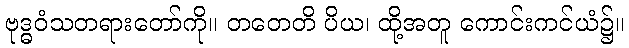
ဗုဒ္ဓဝံသတရားတော်ကို။ တတေတိ ပိယ၊ ထို့အတူ ကောင်းကင်ယံ၌။